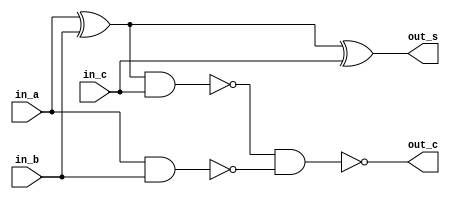
`ifndef ADDER_V
`define ADDER_V

module full_adder ( in_a, in_b, in_c, out_s, out_c);
    input  in_a, in_b ,in_c;
    output out_c, out_s;
    wire n1, n2, n3;
    xor (n1   , in_a, in_b);
    xor (out_s,   n1, in_c);
    nand(n2   , in_a, in_b);
    nand(n3   ,   n1, in_c);
    nand(out_c,   n3, n2);
endmodule // full_adder

module eight_bit_adder( in_a, in_b, out );
    input  [7:0] in_a, in_b;
    output [8:0] out;
    wire   [7:0] carrier;
    full_adder a0(in_a[0], in_b[0],       1'b0, out[0], carrier[0]);
    full_adder a1(in_a[1], in_b[1], carrier[0], out[1], carrier[1]);
    full_adder a2(in_a[2], in_b[2], carrier[1], out[2], carrier[2]);
    full_adder a3(in_a[3], in_b[3], carrier[2], out[3], carrier[3]);
    full_adder a4(in_a[4], in_b[4], carrier[3], out[4], carrier[4]);
    full_adder a5(in_a[5], in_b[5], carrier[4], out[5], carrier[5]);
    full_adder a6(in_a[6], in_b[6], carrier[5], out[6], carrier[6]);
    full_adder a7(in_a[7], in_b[7], carrier[6], out[7], carrier[7]);

    assign out[8] = (~in_a[7] & ~in_b[7] & carrier[6]) | (in_a[7] & in_b[7] & ~carrier[6]);
endmodule // 8bit_adder

`endif // ADDER_V